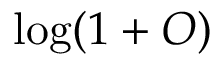
\log ( 1 + O )